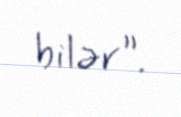
bilər”.